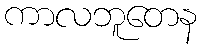
ကာလဘူတေန